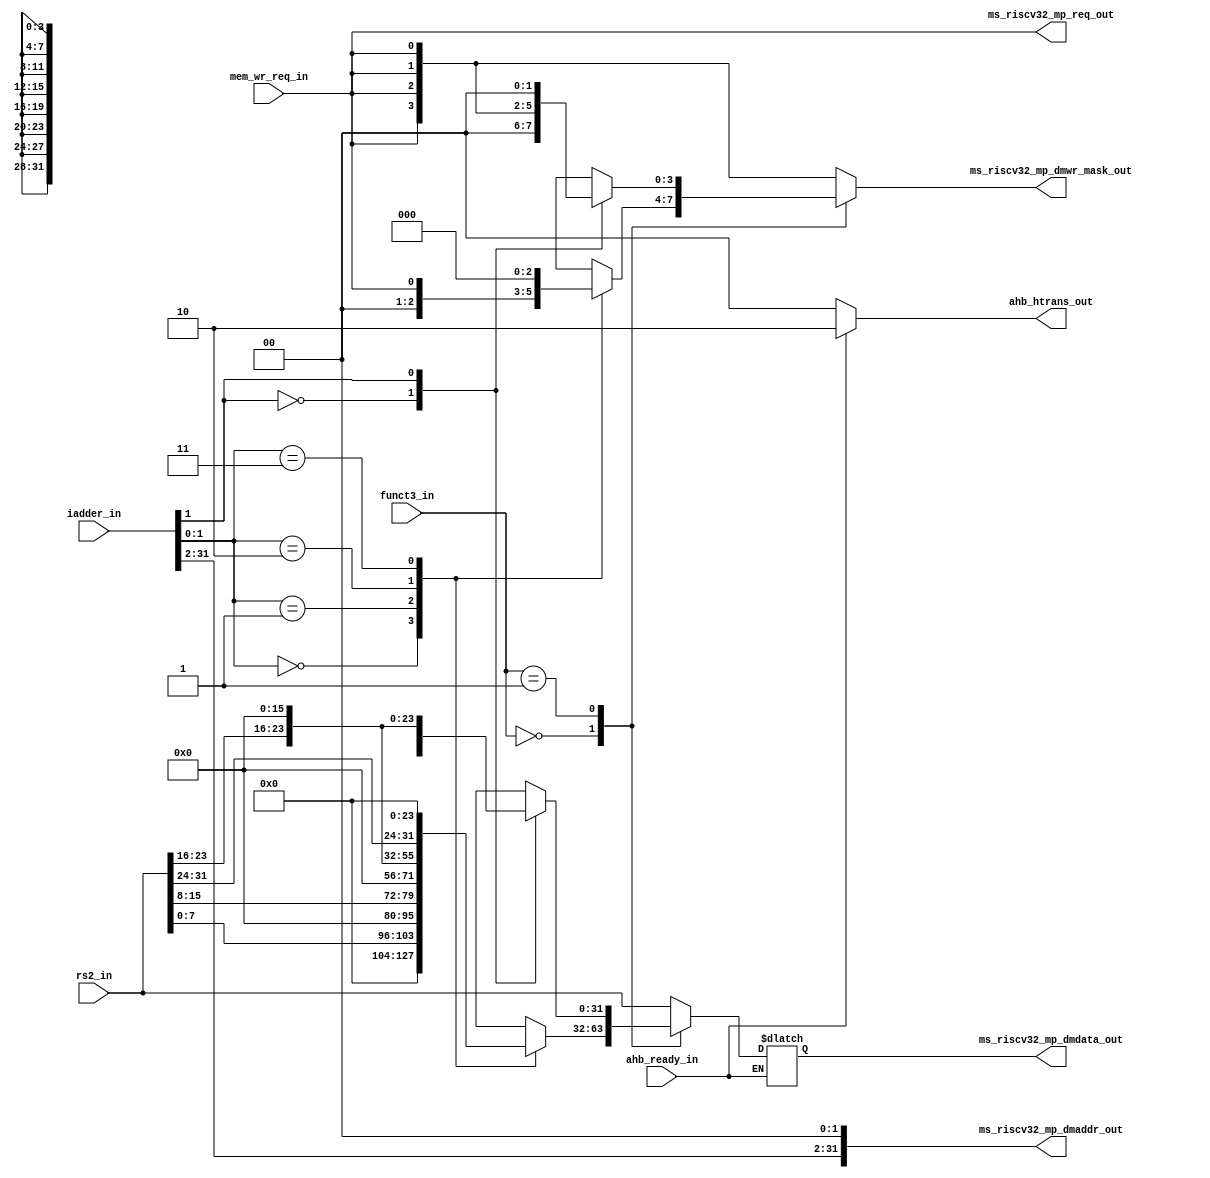
module msrv32_store_unit (
    input [1:0] funct3_in,
    input [31:0] iadder_in,
    input [31:0] rs2_in,
    input mem_wr_req_in, ahb_ready_in,

    output reg [31:0] ms_riscv32_mp_dmdata_out,
    output [31:0] ms_riscv32_mp_dmaddr_out,
    output reg [3:0] ms_riscv32_mp_dmwr_mask_out,
    output ms_riscv32_mp_req_out,
    output reg [1:0] ahb_htrans_out
);

reg [31:0] byte_dout, halfword_dout;
reg [3:0] byte_wr_mask, halfword_wr_mask;
reg [31:0] d_addr = 0;
assign ms_riscv32_mp_dmaddr_out = {iadder_in[31:2], 2'b00}; //masking the last 2 bits
assign ms_riscv32_mp_req_out = mem_wr_req_in; 

// 3 cases : word (4 bytes), halfword (2 bytes), byte (1); either come out of the store unit
// Masking for byte: (without assigning to the output)

always @(*) begin
    case (iadder_in[1:0])
        2'b00  : byte_dout = {8'b0, 8'b0, 8'b0, rs2_in[7:0]}; //other bytes are masked to '0'
        2'b01  : byte_dout = {8'b0, 8'b0, rs2_in[15:8], 8'b0};
        2'b10  : byte_dout = {8'b0, rs2_in[23:16], 8'b0, 8'b0};
        2'b11  : byte_dout = {rs2_in[31:24], 8'b0, 8'b0, 8'b0};
        default: byte_dout = 32'd0;
    endcase
end

//Masking for halfword: (without assigning to the output)

always @(*) begin
    case (iadder_in[1])
        1'b0   : halfword_dout  = {16'b0, rs2_in[15:0]}; //other bytes are masked to '0'
        1'b1   : halfword_dout  = {rs2_in[31:16], 16'b0};
        default: halfword_dout  = 32'd0;
    endcase
end

//Transmission based on funct3_in

always @(*) begin
    if(ahb_ready_in) begin
        case (funct3_in)
            2'b00   : ms_riscv32_mp_dmdata_out  = byte_dout; //other bytes are masked to '0'
            2'b01   : ms_riscv32_mp_dmdata_out  = halfword_dout;
            default: ms_riscv32_mp_dmdata_out   = rs2_in;
        endcase
        ahb_htrans_out = 2'b10; //it is a functionality: where after transferring data to the memory, ahb_trans_out should indicate 2'b10 value, if not transferred then 2'b00
    end
    else
        ahb_htrans_out = 2'b00;
end

//Mask output

always @(*) begin
    case (funct3_in)
        2'b00   : ms_riscv32_mp_dmwr_mask_out  = byte_wr_mask; //other bytes are masked to '0'
        2'b01   : ms_riscv32_mp_dmwr_mask_out  = halfword_wr_mask;
        default: ms_riscv32_mp_dmwr_mask_out   = {4{mem_wr_req_in}};
    endcase
end

//Mask depends on iaddr_in (a-byte mask, b-halfword mask)
//a

always @(*) begin
    case (iadder_in[1:0])
        2'b00  : byte_wr_mask = {3'b0, mem_wr_req_in}; //other bytes are masked to '0'
        2'b01  : byte_wr_mask = {2'b0, mem_wr_req_in, 1'b0}; //mem_wr_req_in --> connected to the memory in which data need to write
        2'b10  : byte_wr_mask = {1'b0, mem_wr_req_in, 2'b0};
        2'b11  : byte_wr_mask = {mem_wr_req_in, 3'b0};
        default: byte_wr_mask = {4{mem_wr_req_in}};
    endcase
end

//b
always @(*) begin
    case (iadder_in[1])
        1'b0   : halfword_wr_mask  = {2'b0, {2{mem_wr_req_in}}}; //other bytes are masked to '0'
        1'b1   : halfword_wr_mask  = {{2{mem_wr_req_in}}, 2'b0};
        default: halfword_wr_mask  = {4{mem_wr_req_in}};
    endcase
end

endmodule